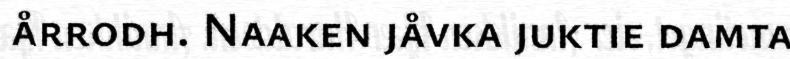
årrodh. Naaken jåvka juktie damta